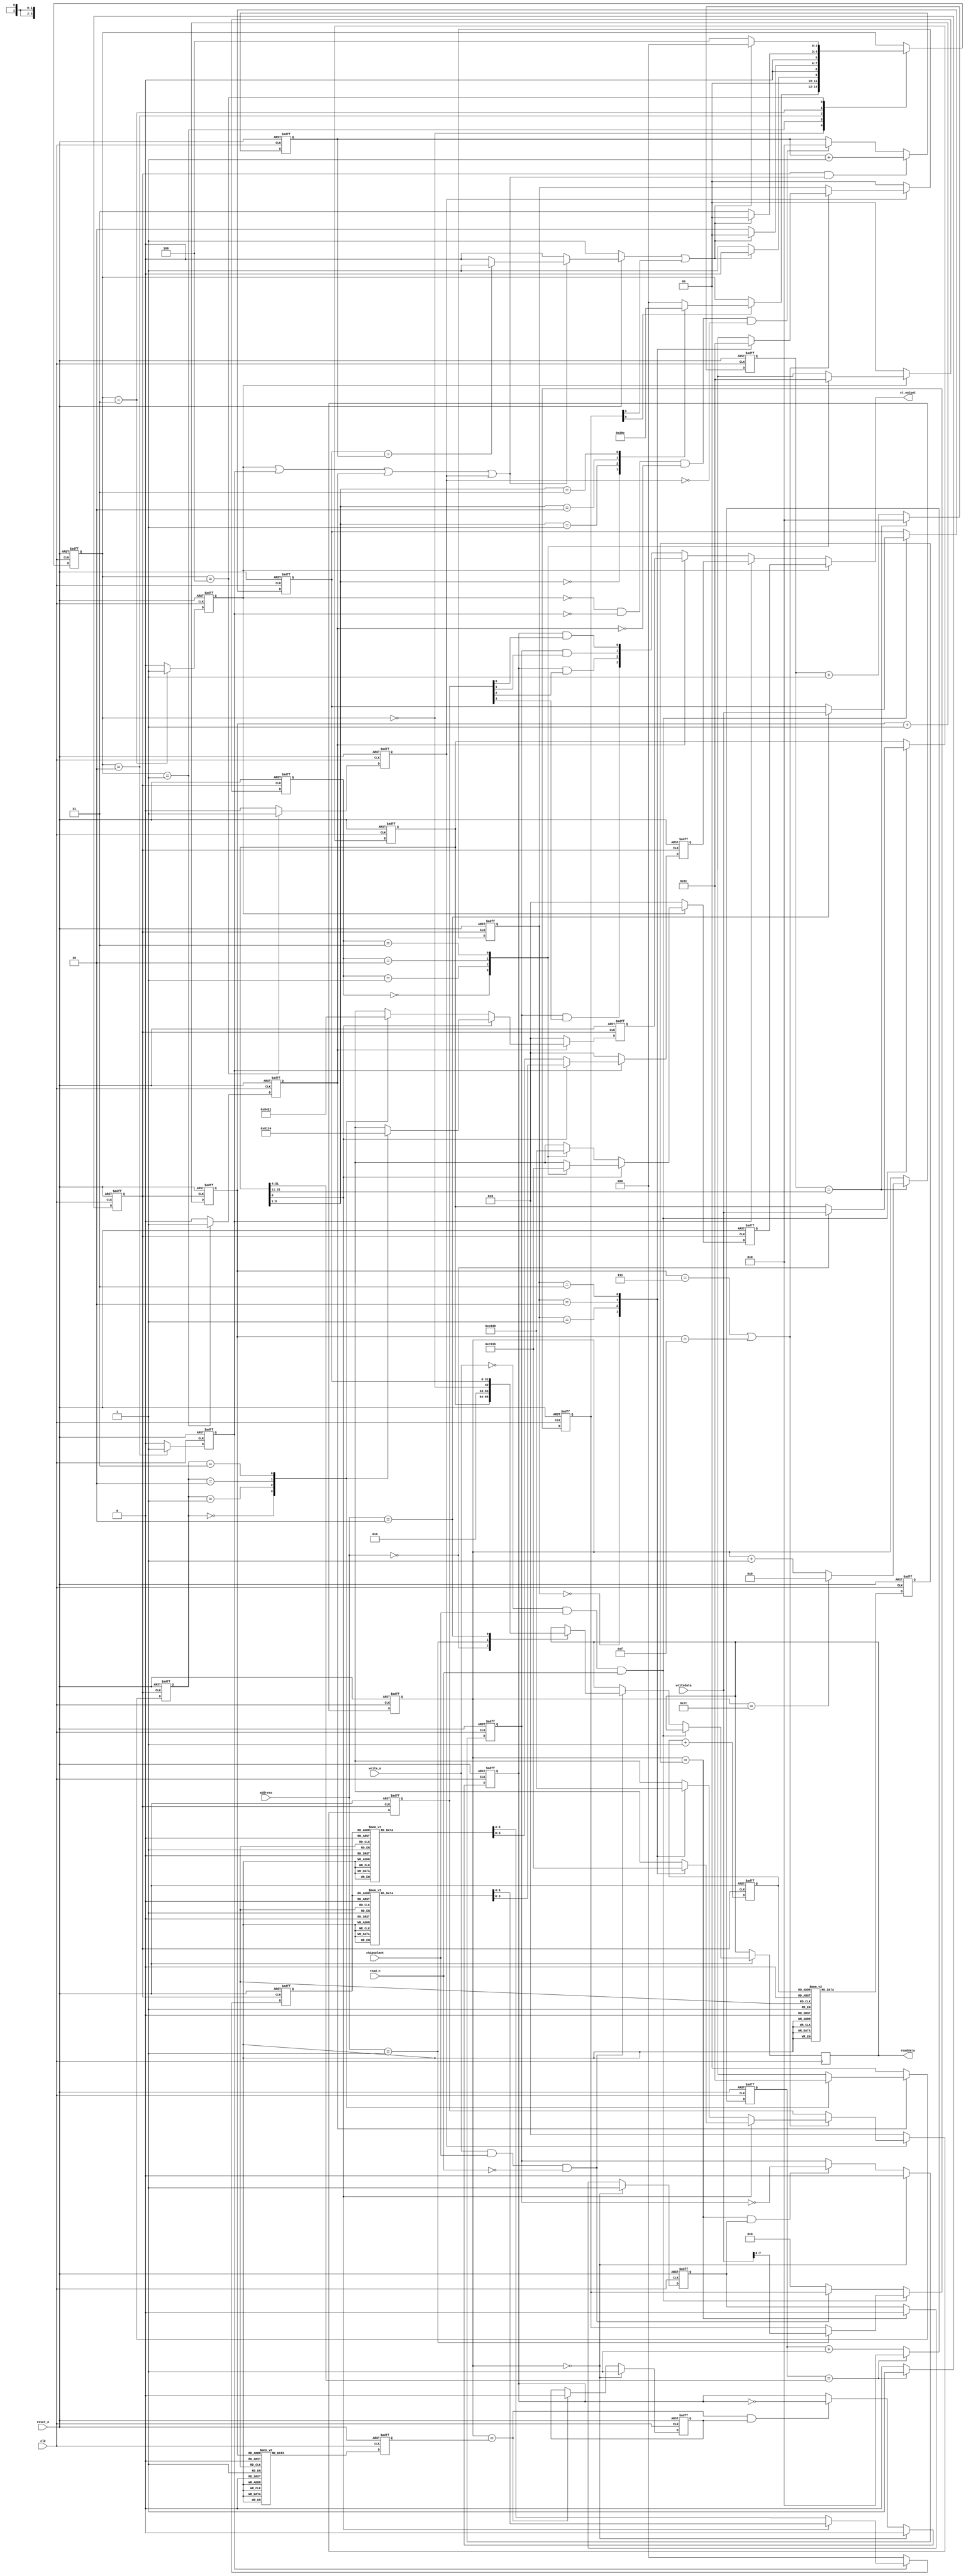

//-!!S L S  C O N F I D E N T I A L!!------------------------------------------
// @   Copyright (c) 2001-2010, System Level Solutions (India) Pvt. Ltd.   @
// @                         All rights reserved.                          @
// @                                                                       @
//
//-C O N T A C T---------------------------------------------------------------
// Website      : http://www.slscorp.com
// Phone        : +91-2692-232501/232502
// Fax          : +91-2692-232503
//
//-P R O J E C T---------------------------------------------------------------
// Project      : BeMicro Motor Control Application
// Client       : Altera
//
//-F I L E  D E T A I L S------------------------------------------------------
// Design Unit  : Stepper Motor Controller
//
//-S O U R C E  C O N T R O L--------------------------------------------------
// $Id:  $
//-----------------------------------------------------------------------------

`timescale 1ns/100ps
module st_motor_top (
   input   wire         clk,
   input   wire         reset_n,   
   input   wire         write_n,
   input   wire         read_n,
   input   wire         chipselect,
   input   wire  [ 2:0] address,
   input   wire  [31:0] writedata,
   output  reg   [31:0] readdata,
	
   output  wire  [ 3:0] st_output
);



  reg   [31:0]    freq_counter;
  reg             st_clk;
  
  wire            write = ( ~write_n && chipselect && read_n );
  wire            read  = (  write_n && chipselect && ~read_n );
  reg   [31:0]    step_count_reg;
  reg   [ 2:0]    current_state;
  reg             full_mode_en;
  reg   [ 3:0]    full_output,half_output,wave_output,full_micro_output;
  
  reg   [31:0]    control_reg;
  reg   [ 7:0]    command_reg;
  reg             mode_op_cmp;
  reg   [ 1:0]    CS_FULL_MODE;
  reg   [ 2:0]    CS_HALF_MODE;
  reg   [ 1:0]    CS_WAVE_MODE;
  reg   [ 1:0]    CS_MICRO_MODE;
  reg   [31:0]    step_count; 
  reg             half_mode_en;
  reg             wave_mode_en;
  reg             micro_mode_en;

  
  wire  [27:0]    st_freq      = control_reg[31:4];
  wire            direction    = control_reg[0];
  wire  [2:0]     mode         = control_reg[3:1];
  wire            start        = command_reg[0];
  wire            stop         = command_reg[1];
  wire            step_cmp;
  wire  [31:0]    st_free_count;
  wire  [3:0]     micro_output;
  

//------------------------------------Micro step parameters-----------------//

  reg  [31:0]  free_count;         //Free runnning counter
  reg  [6:0]   count_127;         // 7 bit counter for comparision with data
  
  //Number of pulses required in positive half in each winding
  reg  [3:0]  count_a;
  reg  [3:0]  count_b;
  
  //Data loaded to generate the pulses in both windings
  reg  [6:0]  data_a;
  reg  [6:0]  data_b;
   
  //continuous pulses in winding "A-A1" and "B-B1"
  reg         pulse_a;
  reg         pulse_b;
  
  //Compare Registers for both the windings
  reg         cmp_reg_a;
  reg         cmp_reg_b;

  
  assign step_cmp = ( step_count_reg == step_count );
  assign  st_output = full_mode_en ? full_output : (half_mode_en? half_output : (wave_mode_en ? wave_output : micro_output)) ;
   
 /************Microstep outputs***************************/
  assign  micro_output[0] = pulse_a & full_micro_output[0];
  assign  micro_output[1] = pulse_b & full_micro_output[1]; 
  assign  micro_output[2] = pulse_a & full_micro_output[2];
  assign  micro_output[3] = pulse_b & full_micro_output[3];

  parameter [2:0] IDLE      =  3'b000,
                  WAVE      =  3'b001,
                  HALF      =  3'b010,
                  FULL      =  3'b011,
                  MICRO     =  3'b100; 
                  
  parameter [1:0] WAVE_MODE1 = 2'b00,
                  WAVE_MODE2 = 2'b01,
	          WAVE_MODE3 = 2'b10,
	          WAVE_MODE4 = 2'b11;                
						
  parameter [1:0] FULL_MODE1 = 2'b00,
                  FULL_MODE2 = 2'b01,
	          FULL_MODE3 = 2'b10,
	          FULL_MODE4 = 2'b11;
                  
  parameter [2:0] HALF_MODE1 = 3'b000,                 
                  HALF_MODE2 = 3'b001,
                  HALF_MODE3 = 3'b010,
                  HALF_MODE4 = 3'b011,
                  HALF_MODE5 = 3'b100,
                  HALF_MODE6 = 3'b101,
                  HALF_MODE7 = 3'b110,
                  HALF_MODE8 = 3'b111;
                  
  parameter [1:0] MICRO_MODE1 = 2'b00,
                  MICRO_MODE2 = 2'b01,
	          MICRO_MODE3 = 2'b10,
	          MICRO_MODE4 = 2'b11;                 
				       		
      
  always @(posedge clk or negedge reset_n)
    if(~reset_n)
      st_clk <= #1 1'b0;
    else
      if(freq_counter == st_freq )
        st_clk <=#1 1'b1;
      else
        st_clk <=#1 1'b0;
        
  always @(posedge clk or negedge reset_n)      
    if(~reset_n)
      freq_counter <=#1 32'h0;
    else    
    if(freq_counter == st_freq)
      freq_counter <=#1 32'h0;
    else
      freq_counter <=#1 freq_counter + 32'h1;
       
   
  always @(posedge clk or negedge reset_n)
    if(~reset_n)
      begin
        control_reg    <= #1 32'h00;
        command_reg    <= #1 8'h0;
        step_count_reg <= #1 32'h0; 
      end
    else
      if(write)
        case(address)
          3'b000   :   control_reg <=#1 writedata;
          3'b001   :   command_reg <=#1 writedata[7:0];
          3'b010   :   step_count_reg <=#1 writedata;          
        endcase
      else
      if(read)
        case(address)
          3'b000   :   readdata  <=#1 control_reg;
          3'b001   :   readdata  <=#1 {31'h0,(current_state == IDLE)};
          3'b010   :   readdata  <=#1 step_count_reg;
        endcase
      else
        begin
          command_reg <=#1 8'h0;
        end
  
  
  
  always @(posedge clk or negedge reset_n)
    if(~reset_n)
      begin
        current_state  <=#1 IDLE;
        full_mode_en   <=#1 1'b0;
        half_mode_en   <=#1 1'b0;
        wave_mode_en   <=#1 1'b0;
        micro_mode_en  <=#1 1'b0;
      end
    else
      begin
        full_mode_en   <=#1 1'b0;
        half_mode_en   <=#1 1'b0;
        wave_mode_en   <=#1 1'b0;
        micro_mode_en  <=#1 1'b0;
        case(current_state)
          IDLE  :  begin
                     if(start)
                       begin   
                         case ( mode )
                            3'b000 : current_state <=#1 WAVE;
                            3'b001 : current_state <=#1 HALF;
                            3'b010 : current_state <=#1 FULL;
                            3'b011 : current_state <=#1 MICRO;
                           default : current_state <=#1 IDLE;
                         endcase
                       end  
                   end
                  
           WAVE :  begin
                     wave_mode_en <=#1 1'b1;
                     if(mode_op_cmp || stop)
		       current_state <=#1 IDLE;
		     else
		       current_state <=#1 WAVE;
                   end
               
           HALF :  begin
                     half_mode_en <=#1 1'b1;
                     if(mode_op_cmp || stop)
                       current_state <=#1 IDLE;
                     else
                       current_state <=#1 HALF;                     
                   end
                   
           FULL :  begin
                     full_mode_en <=#1 1'b1;
                     if(mode_op_cmp || stop)
                       current_state <=#1 IDLE;
                     else
                       current_state <=#1 FULL;
                   end
                   
                    
           MICRO : begin
                     micro_mode_en <=#1 1'b1;
                     if(mode_op_cmp || stop)
                       current_state <=#1 IDLE;
                     else
                       current_state <=#1 MICRO;
                   end         
        endcase
      end
  
 
  
  always @(full_mode_en or reset_n or step_cmp or half_mode_en or wave_mode_en or micro_mode_en)
    if(~reset_n)
      mode_op_cmp <=#1 1'b1;
    else
    if(full_mode_en | half_mode_en | wave_mode_en | micro_mode_en)
      begin      
        if(step_cmp)
          mode_op_cmp <=#1 1'b1;
        else
          mode_op_cmp <=#1 1'b0;
      end
    else		
      mode_op_cmp <= #1 1'b0;		
   
  
  always @(posedge clk or negedge reset_n)
    if(~reset_n)
      step_count <=#1 32'h0;
    else  
    if(st_clk && (full_mode_en | half_mode_en | wave_mode_en | micro_mode_en) )
      step_count <=#1 step_count + 32'h1;
    else
    if( ~full_mode_en && ~half_mode_en && ~wave_mode_en && ~micro_mode_en)
      step_count <=#1 32'h0;   


//*****************************************************
//
//                    FULL Mode
//
//*****************************************************  

  always @(posedge st_clk or negedge reset_n)
    if(~reset_n )
      begin        
        full_output <=#1 4'h0;
        CS_FULL_MODE<=#1 FULL_MODE1;
      end
    else
    if( ~full_mode_en )	 
      begin        
        full_output <=#1 4'h0;
        CS_FULL_MODE<=#1 FULL_MODE1;
      end	 
    else
      begin
        if(direction)
          case(CS_FULL_MODE)
            FULL_MODE1  : begin                            
                            full_output <=#1 4'b1100;
                            CS_FULL_MODE<=#1 FULL_MODE2;
                          end
            FULL_MODE2  : begin
                            full_output <=#1 4'b1001;
                            CS_FULL_MODE<=#1 FULL_MODE3;
                          end
            FULL_MODE3  : begin
                            full_output <=#1 4'b0011;
                            CS_FULL_MODE<=#1 FULL_MODE4;
                          end
            FULL_MODE4  : begin
                            full_output <=#1 4'b0110;
                            CS_FULL_MODE<=#1 FULL_MODE1;
                          end                        
          endcase 
        else
        if(~direction)
          case(CS_FULL_MODE)
            FULL_MODE1  : begin                            
                            full_output <=#1 4'b1100;
                            CS_FULL_MODE<=#1 FULL_MODE2;
                          end
            FULL_MODE2  : begin
                            full_output <=#1 4'b0110;
                            CS_FULL_MODE<=#1 FULL_MODE3;
                          end
            FULL_MODE3  : begin
                            full_output <=#1 4'b0011;
                            CS_FULL_MODE<=#1 FULL_MODE4;
                          end
            FULL_MODE4  : begin
                            full_output <=#1 4'b1001;
                            CS_FULL_MODE<=#1 FULL_MODE1;
                          end                        
          endcase          
      end
        
        
 //***************************************************
 //
 //                  WAVE Mode
 //
 //
 //***************************************************
   
   always @(posedge st_clk or negedge reset_n)
       if(~reset_n )
         begin        
           wave_output <=#1 4'h0;
           CS_WAVE_MODE<=#1 WAVE_MODE1;
         end
       else
       if( ~wave_mode_en )	 
         begin        
           wave_output <=#1 4'h0;
           CS_WAVE_MODE<=#1 WAVE_MODE1;
         end	 
       else
         begin
           if(direction)
             case(CS_WAVE_MODE)
               WAVE_MODE1  : begin                            
                               wave_output <=#1 4'b1000;
                               CS_WAVE_MODE<=#1 WAVE_MODE2;
                             end
               WAVE_MODE2  : begin
                               wave_output <=#1 4'b0001;
                               CS_WAVE_MODE<=#1 WAVE_MODE3;
                             end
               WAVE_MODE3  : begin
                               wave_output <=#1 4'b0010;
                               CS_WAVE_MODE<=#1 WAVE_MODE4;
                             end
               WAVE_MODE4  : begin
                               wave_output <=#1 4'b0100;
                               CS_WAVE_MODE<=#1 WAVE_MODE1;
                             end                        
             endcase 
           else
           if(~direction)
             case(CS_WAVE_MODE)
               WAVE_MODE1  : begin                            
                               wave_output <=#1 4'b1000;
                               CS_WAVE_MODE<=#1 WAVE_MODE2;
                             end
               WAVE_MODE2  : begin
                               wave_output <=#1 4'b0100;
                               CS_WAVE_MODE<=#1 WAVE_MODE3;
                             end
               WAVE_MODE3  : begin
                               wave_output <=#1 4'b0010;
                               CS_WAVE_MODE<=#1 WAVE_MODE4;
                             end
               WAVE_MODE4  : begin
                               wave_output <=#1 4'b0001;
                               CS_WAVE_MODE<=#1 WAVE_MODE1;
                             end                        
             endcase          
      end
        
//*****************************************************
//
//                    HALF Mode
//
//*****************************************************

  always @(posedge st_clk or negedge reset_n)
    if(~reset_n )
      begin        
        half_output <=#1 4'h0;
        CS_HALF_MODE<=#1 HALF_MODE1;
      end
    else
    if( ~half_mode_en )  
      begin        
        half_output <=#1 4'h0;
        CS_HALF_MODE<=#1 HALF_MODE1;
      end    
    else
      begin
        if(direction)
          case(CS_HALF_MODE)
            HALF_MODE1  : begin                            
                            half_output <=#1 4'b1100;
                            CS_HALF_MODE<=#1 HALF_MODE2;
                          end
            HALF_MODE2  : begin                            
                            half_output <=#1 4'b1000;
                            CS_HALF_MODE<=#1 HALF_MODE3;
                          end                     
            HALF_MODE3  : begin                            
                            half_output <=#1 4'b1001;
                            CS_HALF_MODE<=#1 HALF_MODE4;
                          end                          
            HALF_MODE4  : begin                            
                            half_output <=#1 4'b0001;
                            CS_HALF_MODE<=#1 HALF_MODE5;
                          end   
            HALF_MODE5  : begin                            
                            half_output <=#1 4'b0011;
                            CS_HALF_MODE<=#1 HALF_MODE6;
                          end  
            HALF_MODE6  : begin                            
                            half_output <=#1 4'b0010;
                            CS_HALF_MODE<=#1 HALF_MODE7;
                          end  
            HALF_MODE7  : begin                            
                            half_output <=#1 4'b0110;
                            CS_HALF_MODE<=#1 HALF_MODE8;
                          end  
            HALF_MODE8  : begin                            
                            half_output <=#1 4'b0100;
                            CS_HALF_MODE<=#1 HALF_MODE1;
                          end                              
          endcase 
        else
        if(~direction)
          case(CS_HALF_MODE)
            HALF_MODE1  : begin                            
                            half_output <=#1 4'b1100;
                            CS_HALF_MODE<=#1 HALF_MODE2;
                          end
            HALF_MODE2  : begin                            
                            half_output <=#1 4'b0100;
                            CS_HALF_MODE<=#1 HALF_MODE3;
                          end                     
            HALF_MODE3  : begin                            
                            half_output <=#1 4'b0110;
                            CS_HALF_MODE<=#1 HALF_MODE4;
                          end                          
            HALF_MODE4  : begin                            
                            half_output <=#1 4'b0010;
                            CS_HALF_MODE<=#1 HALF_MODE5;
                          end   
            HALF_MODE5  : begin                            
                            half_output <=#1 4'b0011;
                            CS_HALF_MODE<=#1 HALF_MODE6;
                          end  
            HALF_MODE6  : begin                            
                            half_output <=#1 4'b0001;
                            CS_HALF_MODE<=#1 HALF_MODE7;
                          end  
            HALF_MODE7  : begin                            
                            half_output <=#1 4'b1001;
                            CS_HALF_MODE<=#1 HALF_MODE8;
                          end  
            HALF_MODE8  : begin                            
                            half_output <=#1 4'b1000;
                            CS_HALF_MODE<=#1 HALF_MODE1;
                          end                              
          endcase     
      end
      
  //*******************************************************
  //
  //                MICRO Mode
  //
  //******************************************************/
  always @(posedge st_clk or negedge reset_n)
    if(~reset_n )
      begin        
        full_micro_output <=#1 4'h0;
        CS_MICRO_MODE<=#1 MICRO_MODE1;
      end
    else
    if( ~micro_mode_en )	 
      begin        
        full_micro_output <=#1 4'h0;
        CS_MICRO_MODE<=#1 MICRO_MODE1;
      end	 
    else
      if(count_a==7 || count_a==15)
      begin
        if(direction)
          case(CS_MICRO_MODE)
            MICRO_MODE1  : begin                            
                            full_micro_output <=#1 4'b1100;
                            CS_MICRO_MODE<=#1 MICRO_MODE2;
                          end
            MICRO_MODE2  : begin
                            full_micro_output <=#1 4'b1001;
                            CS_MICRO_MODE<=#1 MICRO_MODE3;
                          end
            MICRO_MODE3  : begin
                            full_micro_output <=#1 4'b0011;
                            CS_MICRO_MODE<=#1 MICRO_MODE4;
                          end
            MICRO_MODE4  : begin
                            full_micro_output <=#1 4'b0110;
                            CS_MICRO_MODE<=#1 MICRO_MODE1;
                          end                        
          endcase 
        else
        if(~direction)
          case(CS_MICRO_MODE)
            MICRO_MODE1  : begin                            
                            full_micro_output <=#1 4'b1100;
                            CS_MICRO_MODE<=#1 MICRO_MODE2;
                          end
            MICRO_MODE2  : begin
                            full_micro_output <=#1 4'b0110;
                            CS_MICRO_MODE<=#1 MICRO_MODE3;
                          end
            MICRO_MODE3  : begin
                            full_micro_output <=#1 4'b0011;
                            CS_MICRO_MODE<=#1 MICRO_MODE4;
                          end
            MICRO_MODE4  : begin
                            full_micro_output <=#1 4'b1001;
                            CS_MICRO_MODE<=#1 MICRO_MODE1;
                          end                        
          endcase          
      end    
      
//------------------------------------Micro step logic--------------------------------//


assign st_free_count = st_freq >> 7;

/************Block for the free running counter with specified limits***********************/
  always @(posedge clk or negedge reset_n)
    begin
      if(~reset_n)
   	    free_count <= 0;
      else if(free_count == st_free_count)
        free_count <= 0;
      else    
        free_count <= free_count + 1;
    end


/******Block to assign condition when 7 bit counter should be started*************/   
 always @(posedge clk or negedge reset_n)
   begin
    if(~reset_n)
        count_127 <= 0;
    else if(free_count==st_free_count)  	
       begin
          count_127 <= count_127 + 1;
          if(count_127 ==7'd124)
          begin
            count_127 <= 0;
          end
       end 
   end
   
  /******Block to assign condition when 7 bit counter should be started*************/   
 always @(posedge st_clk or negedge reset_n)
   begin
    if(~reset_n)
     	count_a <= 0;
    else 
        count_a <= count_a + 4'b1;
  end 
  
 /**********Block to increment the pulses (total 16)************/
 always @(posedge st_clk or negedge reset_n)
   begin
    if(~reset_n)
        count_b <= 0;
    else 
        count_b <= count_b + 4'b1;
   end 


/********Values of data for "A and A1"to compare with the counter to generate the pulse**********/   
 always @(posedge clk or negedge reset_n)
   begin
     if(~reset_n)
     	data_a = 0;        //original:data_a
     else
       begin
         case(count_a)
         	4'b0000 : data_a = 8'd0;
	        4'b0001 : data_a = 8'd18;
	        4'b0010 : data_a = 8'd36;
	        4'b0011 : data_a = 8'd54;        //UP
	        4'b0100 : data_a = 8'd72;
	        4'b0101 : data_a = 8'd90;
	        4'b0110 : data_a = 8'd108;
	        4'b0111 : data_a = 8'd124;
	         	
	        4'b1000 : data_a = 8'd124;
	        4'b1001 : data_a = 8'd108;
	       	4'b1010 : data_a = 8'd90;
	 	4'b1011 : data_a = 8'd72;        //Down
	 	4'b1100 : data_a = 8'd54;
	       	4'b1101 : data_a = 8'd36;
	 	4'b1110 : data_a = 8'd18;
		4'b1111 : data_a = 8'd0;
       endcase
     end
   end   
   
   /************Values of the data of "B and B1" to generate the pulse*************/
    always @(posedge clk or negedge reset_n)
   begin
     if(~reset_n)
     	data_b = 0;      //original :  data_b
     else 
       begin
         case(count_b)
         	4'b0000 : data_b = 8'd124;
	        4'b0001 : data_b= 8'd108;
	        4'b0010 : data_b = 8'd90;
	        4'b0011 : data_b = 8'd72;        //UP
	        4'b0100 : data_b = 8'd54;
	        4'b0101 : data_b = 8'd36;
	        4'b0110 : data_b = 8'd18;
	        4'b0111 : data_b = 8'd0;
	         	
	        4'b1000 : data_b = 8'd0;
	        4'b1001 : data_b = 8'd18;
	 	4'b1010 : data_b = 8'd36;
	 	4'b1011 : data_b = 8'd54;        //Down
	 	4'b1100 : data_b = 8'd72;
	 	4'b1101 : data_b = 8'd90;
	       	4'b1110 : data_b = 8'd108;
		4'b1111 : data_b = 8'd124;
       endcase
     end
   end   

  /**********Micro Pulses in "A"*******************/ 
 always @(posedge clk or negedge reset_n)
   begin
     if(~reset_n)
         pulse_a <= 0;
     else if(count_127 == 0)
       pulse_a <= 0;
    else if(count_127 == data_a && cmp_reg_a == 1)
       pulse_a <= ~pulse_a;
   end

 /***********Micro Pulses in "B"****************/
 always @(posedge clk or negedge reset_n)
   begin
      if(~reset_n)
          pulse_b <= 0;
      else if(count_127 == 0)
        pulse_b <= 0;
     else if(count_127 == data_b && cmp_reg_b == 1)
        pulse_b <= ~pulse_b;
  end

/********Compare Register for windings "A" and "A1"*********/   
always @(posedge clk or negedge reset_n)
  begin
    if(~reset_n)
  	cmp_reg_a <= 0;
    else if (count_127 == 0)
  	cmp_reg_a <= 1;
    else if(count_127 == data_a)
  	cmp_reg_a <= 0;
  end	  
      
/********Compare Register for windings "B" and "B1"*********/   
always @(posedge clk or negedge reset_n)
  begin
    if(~reset_n)
  	cmp_reg_b <= 0;
    else if (count_127 == 0)
   	cmp_reg_b <= 1;
    else if(count_127 == data_b)
   	cmp_reg_b <= 0;
  end	

endmodule